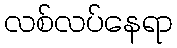
လစ်လပ်နေရာ